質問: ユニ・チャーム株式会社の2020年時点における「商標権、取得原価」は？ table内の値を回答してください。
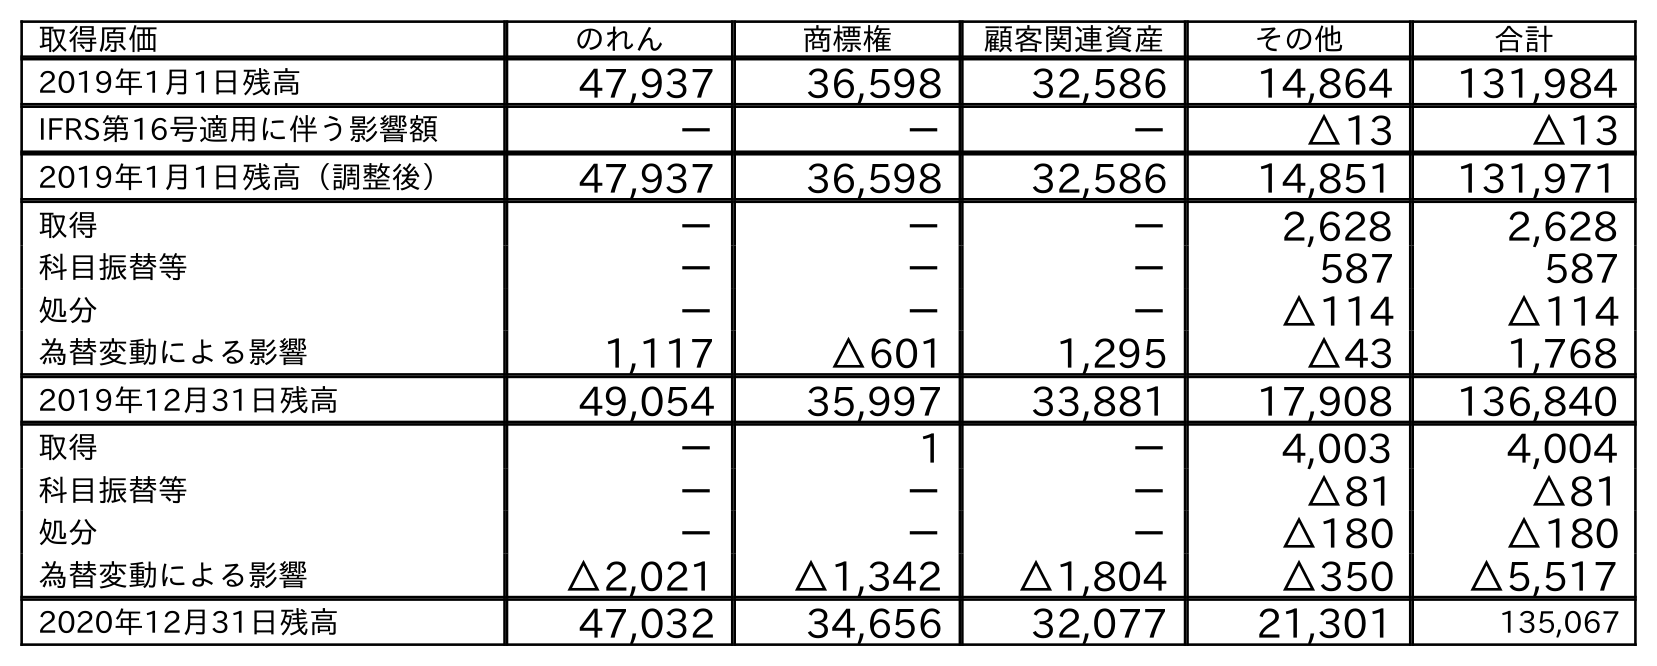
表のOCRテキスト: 取得原価 のれん 商標権 顧客関連資産 その他 合計 2019年1月1日残高 47,937 36,598 32,586 14,864 131,984 IFRS第16号適用に伴う影響額 － － － △13 △13 2019年1月1日残高（調整後） 47,937 36,598 32,586 14,851 131,971 取得 － － － 2,628 2,628 科目振替等 － － － 587 587 処分 － － － △114 △114 為替変動による影響 1,117 △601 1,295 △43 1,768 2019年12月31日残高 49,054 35,997 33,881 17,908 136,840 取得 － 1 － 4,003 4,004 科目振替等 － － － △81 △81 処分 － － － △180 △180 為替変動による影響 △2,021 △1,342 △1,804 △350 △5,517 2020年12月31日残高 47,032 34,656 32,077 21,301 135,067
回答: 34,656